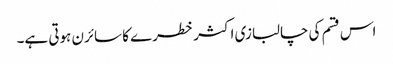
اس قسم کی چالبازی اکثر خطرے کا سائرن ہوتی ہے۔